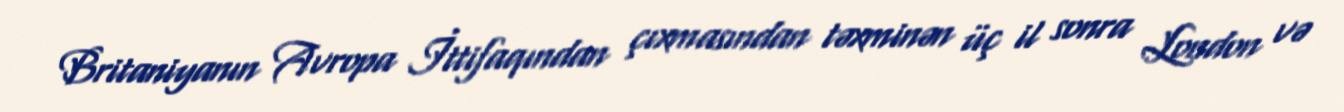
Britaniyanın Avropa İttifaqından çıxmasından təxminən üç il sonra London və